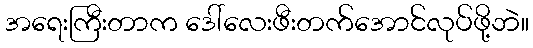
အရေးကြီးတာက ဒေါ်လေးဖီးတက်အောင်လုပ်ဖို့ဘဲ။